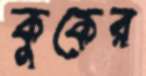
কুকের